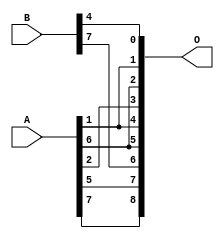
/***
* This code is a part of EvoApproxLib library (ehw.fit.vutbr.cz/approxlib) distributed under The MIT License.
* When used, please cite the following article(s):  
* This file contains a circuit from a sub-set of pareto optimal circuits with respect to the pwr and mse parameters
***/
// MAE% = 15.29 %
// MAE = 78 
// WCE% = 47.66 %
// WCE = 244 
// WCRE% = 800.00 %
// EP% = 99.61 %
// MRE% = 37.63 %
// MSE = 9126 
// PDK45_PWR = 0.000 mW
// PDK45_AREA = 0.0 um2
// PDK45_DELAY = 0.00 ns


module add8u_063(A, B, O);
  input [7:0] A, B;
  output [8:0] O;
  assign O[1] = A[1];
  assign O[5] = A[6];
  assign O[0] = B[4];
  assign O[2] = A[6];
  assign O[3] = A[2];
  assign O[4] = O[1];
  assign O[6] = B[7];
  assign O[7] = A[5];
  assign O[8] = A[7];
endmodule